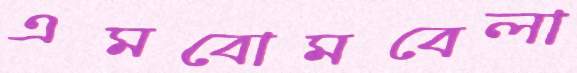
এমবোমবেলা